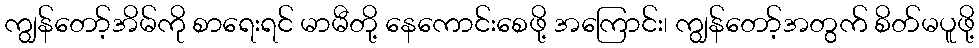
ကျွန်တော့်အိမ်ကို စာရေးရင် မာမီတို့ နေကောင်းစေဖို့ အကြောင်း၊ ကျွန်တော့်အတွက် စိတ်မပူဖို့